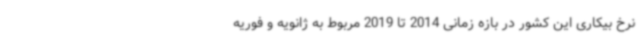
نرخ بیکاری این کشور در بازه زمانی 2014 تا 2019 مربوط به ژانویه و فوریه